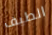
الطيف